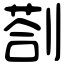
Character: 剳